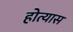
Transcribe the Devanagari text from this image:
होत्यास